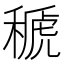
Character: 𥠱